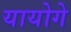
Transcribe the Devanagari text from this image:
यायोगे